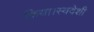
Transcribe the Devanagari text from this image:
किया।स्वदेशी